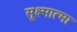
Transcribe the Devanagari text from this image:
सूक्ष्मात्मा